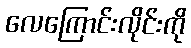
လေကြောင်းလိုင်းကို